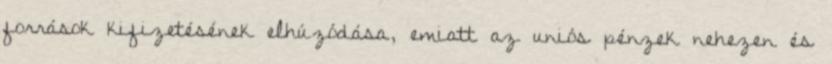
források kifizetésének elhúzódása, emiatt az uniós pénzek nehezen és